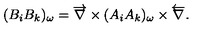
( B _ { i } B _ { k } ) _ { \omega } = \overrightarrow { { \bf \nabla } } \times ( A _ { i } A _ { k } ) _ { \omega } \times \overleftarrow { { \bf \nabla } } .